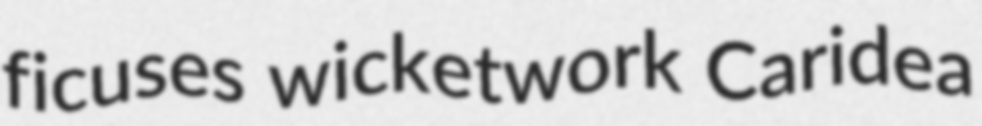
ficuses wicketwork Caridea